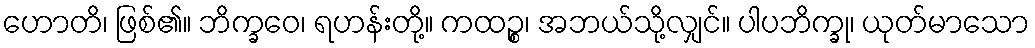
ဟောတိ၊ ဖြစ်၏။ ဘိက္ခဝေ၊ ရဟန်းတို့။ ကထဉ္စ၊ အဘယ်သို့လျှင်။ ပါပဘိက္ခု၊ ယုတ်မာသော